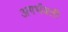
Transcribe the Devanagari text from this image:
अगर्भवती